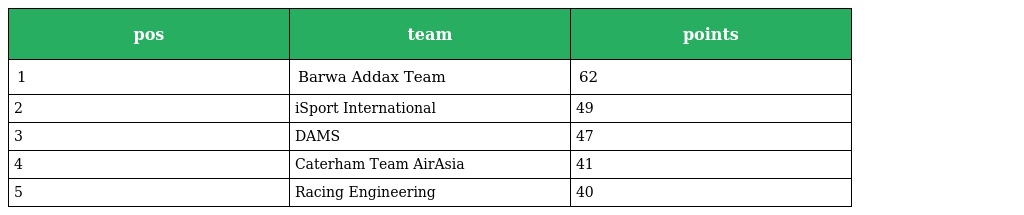
| pos | team | points |
 | --- | --- | --- |
 | 1 | Barwa Addax Team | 62 |
 | 2 | iSport International | 49 |
 | 3 | DAMS | 47 |
 | 4 | Caterham Team AirAsia | 41 |
 | 5 | Racing Engineering | 40 |